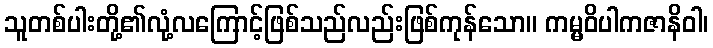
သူတစ်ပါးတို့၏လုံ့လကြောင့်ဖြစ်သည်လည်းဖြစ်ကုန်သော။ ကမ္မဝိပါကဇာနိဝါ၊